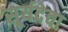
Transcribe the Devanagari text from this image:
सूर्यदेवा